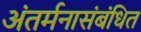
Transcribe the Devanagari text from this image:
अंतर्मनासंबंधित